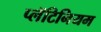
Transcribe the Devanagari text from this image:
प्लॅटिनियम